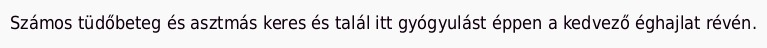
Számos tüdőbeteg és asztmás keres és talál itt gyógyulást éppen a kedvező éghajlat révén.